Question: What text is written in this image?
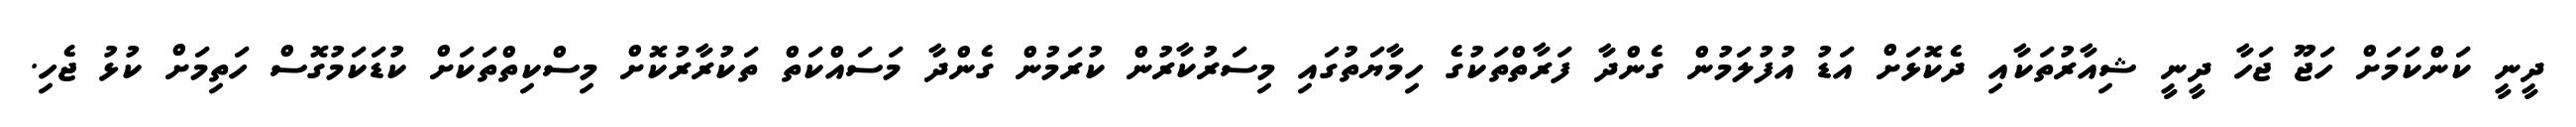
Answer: ދީނީ ކަންކަމަށް ހަޖޫ ޖަހާ ދީނީ ޝިއާރުތަކާއި ދެކޮޅަށް އަޑު އުފުލަމުން ގެންދާ ފަރާތްތަކުގެ ހިމާޔަތުގައި މިސަރުކާރުން ކުރަމުން ގެންދާ މަސައްކަތް ތަކުރާރުކޮށް މިސްކިތްތަކަށް ކުޑަކަމުގޮސް ހަތިމަށް ކުޅު ޖެހި.